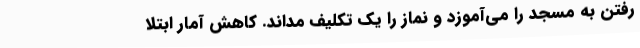
رفتن به مسجد را می‌آموزد و نماز را یک تکلیف مداند. کاهش آمار ابتلا